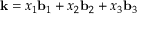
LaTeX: \mathbf { k } = x _ { 1 } \mathbf { b } _ { 1 } + x _ { 2 } \mathbf { b } _ { 2 } + x _ { 3 } \mathbf { b } _ { 3 }